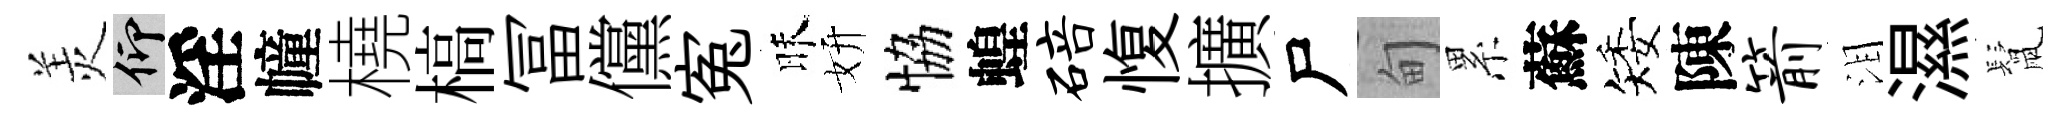
羙仰淫幢橈槁冨儻寃昧妍恊蝗碚愎擴尸甸累蘇矮陳箭泪濕鬛